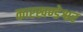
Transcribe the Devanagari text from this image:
कारखण्डेश्वर